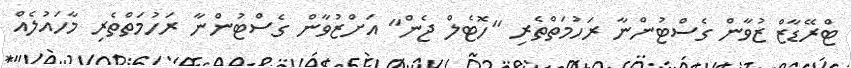
ޓްރޭޑާޒް ޒުވާން ގެސްޓުންނާ ރަހުމަތްތެރި "ހޮޓެލް ޖެން" އަށްޒުވާން ގެސްޓުންނާ ރަހުމަތްތެރި މާހައުލެއް